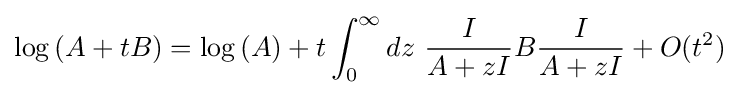
\log {(A+tB)}=\log {(A)}+t\int _{0}^{\infty }dz~{\frac {I}{A+zI}}B{\frac {I}{A+zI}}+O(t^{2})